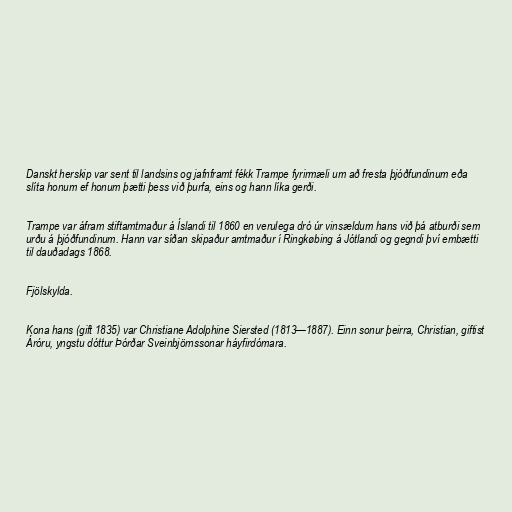
Danskt herskip var sent til landsins og jafnframt fékk Trampe fyrirmæli um að fresta þjóðfundinum eða
slíta honum ef honum þætti þess við þurfa, eins og hann líka gerði.

Trampe var áfram stiftamtmaður á Íslandi til 1860 en verulega dró úr vinsældum hans við þá atburði sem
urðu á þjóðfundinum. Hann var síðan skipaður amtmaður í Ringkøbing á Jótlandi og gegndi því embætti
til dauðadags 1868.

Fjölskylda.

Kona hans (gift 1835) var Christiane Adolphine Siersted (1813—1887). Einn sonur þeirra, Christian, giftist
Áróru, yngstu dóttur Þórðar Sveinbjörnssonar háyfirdómara.